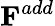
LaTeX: \mathbf{F}^{add}